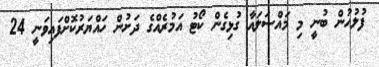
ފުލުހުން ބުނީ މި މައްސަލައާ ގުޅިގެން ކޯޓު އަމުރެއްގެ ދަށުން ހައްޔަރުކޮށްފައިވަނީ 24